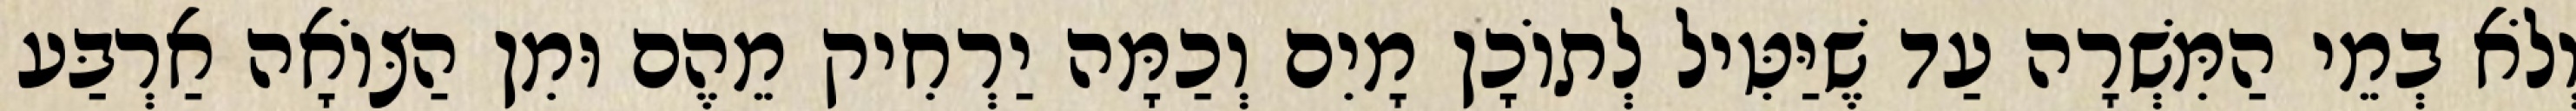
וְלֹא בְמֵי הַמִּשְׁרָה עַד שֶׁיַּטִּיל לְתוֹכָן מָיִם וְכַמָּה יַרְחִיק מֵהֶם וּמִן הַצּוֹאָה אַרְבַּע